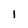
Character: 1